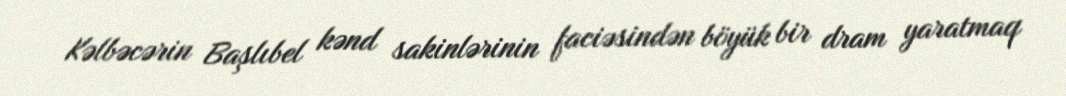
Kəlbəcərin Başlıbel kənd sakinlərinin faciəsindən böyük bir dram yaratmaq